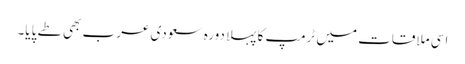
اِسی ملاقات میں ٹرمپ کا پہلا دورہِ سعودی عرب بھی طے پایا۔